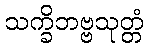
သက္ခိဘဗ္ဗသုတ္တံ